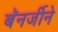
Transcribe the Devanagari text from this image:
बॅनर्जीने